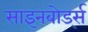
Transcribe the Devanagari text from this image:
साइनबोर्ड्स